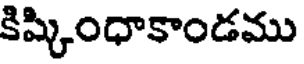
కిష్కింధాకాండము